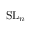
\mathrm { { S L } } _ { n }